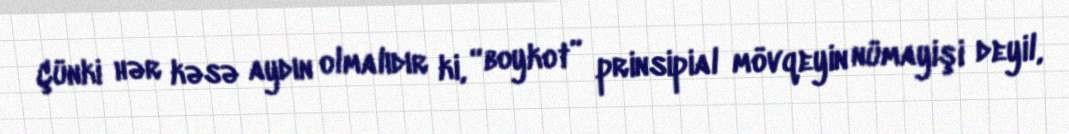
Çünki hər kəsə aydın olmalıdır ki, “boykot” prinsipial mövqeyin nümayişi deyil,